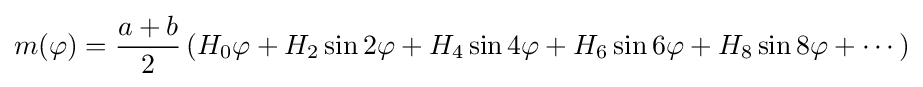
m(\varphi )={\frac {a+b}{2}}\left(H_{0}\varphi +H_{2}\sin 2\varphi +H_{4}\sin 4\varphi +H_{6}\sin 6\varphi +H_{8}\sin 8\varphi +\cdots \right)